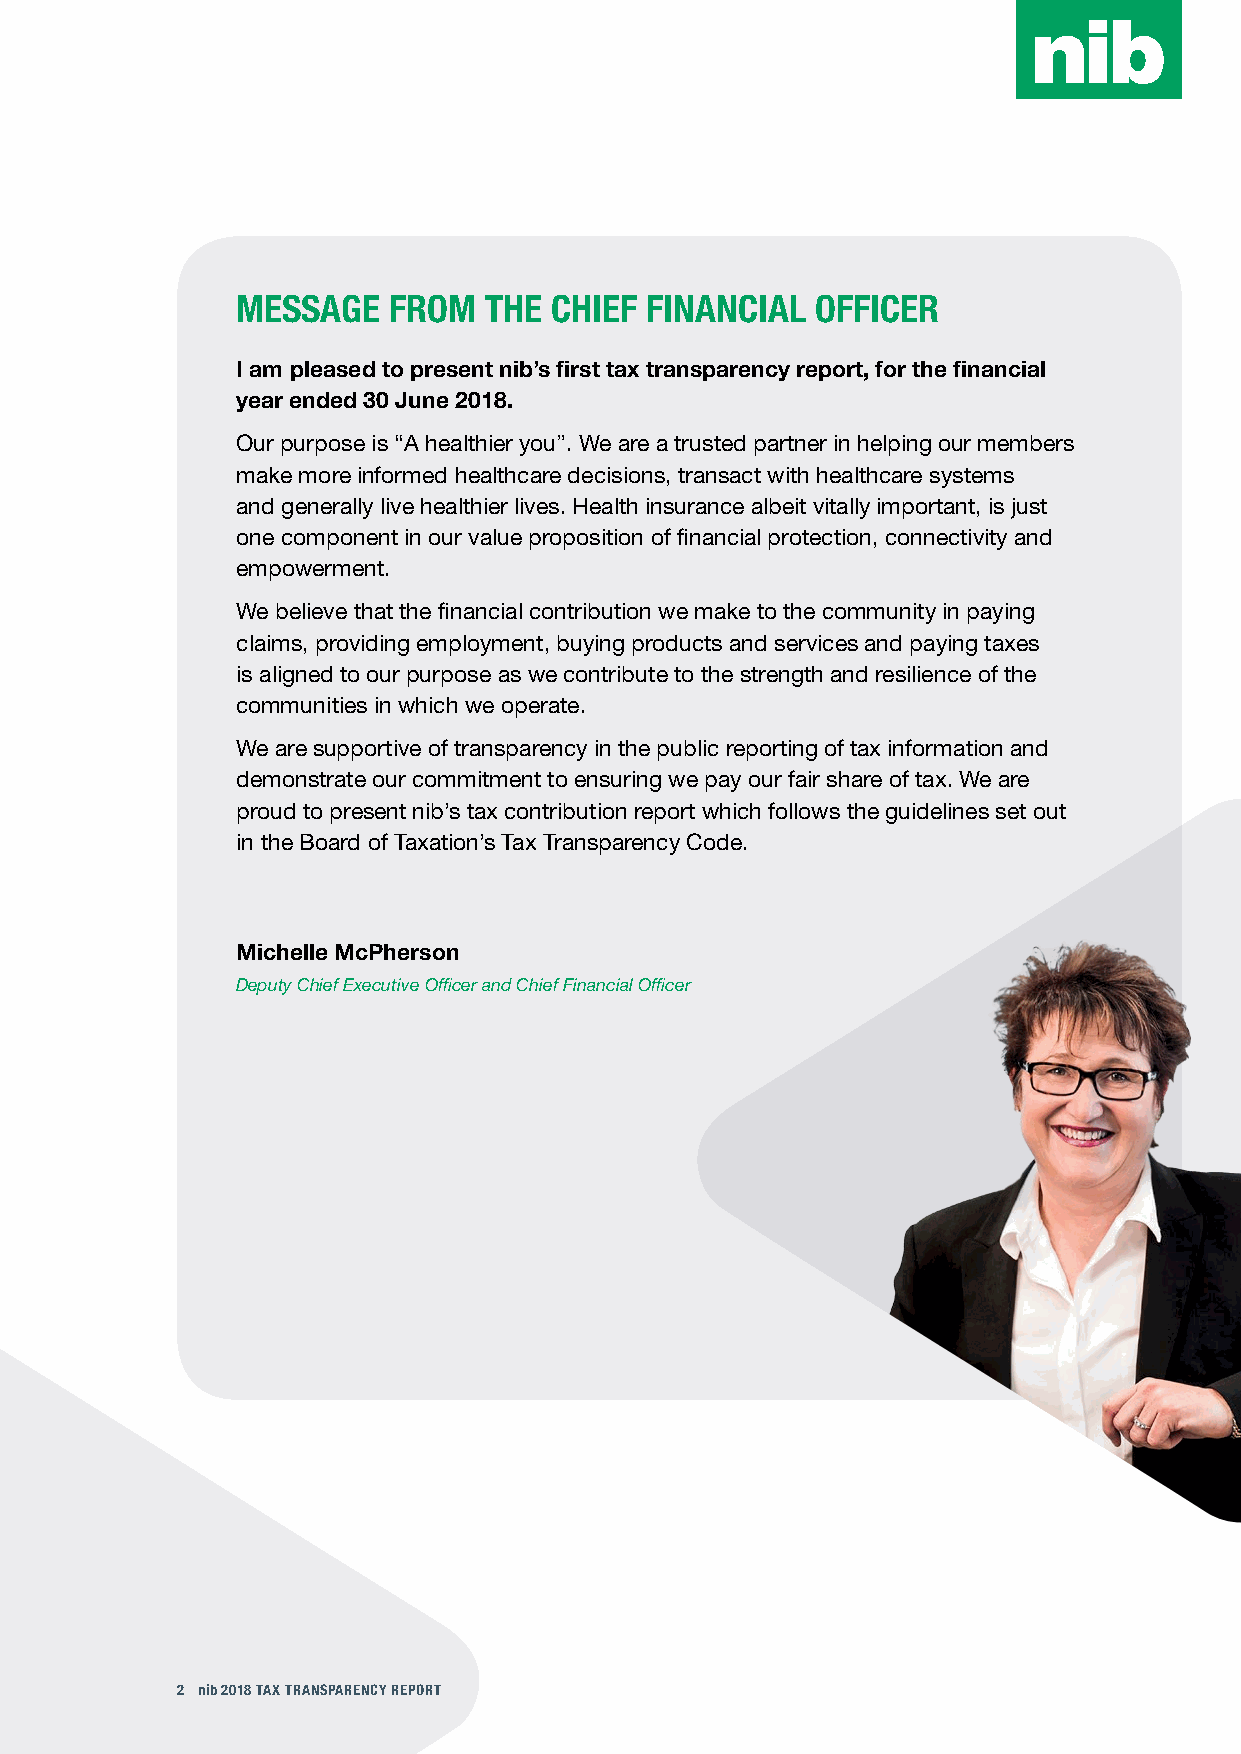
MESSAGE   FROM  THE  CHIEF FINANCIAL  OFFICER
 I am pleased to present nib’s first tax transparency report, for the financial
 year ended 30 June 2018.
 Our purpose is “A healthier you”. We are a trusted partner in helping our members
 make more informed healthcare decisions, transact with healthcare systems
 and generally live healthier lives. Health insurance albeit vitally important, is just
 one component in our value proposition of financial protection, connectivity and
 empowerment.
 We believe that the financial contribution we make to the community in paying
 claims, providing employment, buying products and services and paying taxes
 is aligned to our purpose as we contribute to the strength and resilience of the
 communities in which we operate.
 We are supportive of transparency in the public reporting of tax information and
 demonstrate our commitment to ensuring we pay our fair share of tax. We are
 proud to present nib’s tax contribution report which follows the guidelines set out
 in the Board of Taxation’s Tax Transparency Code.
 Michelle McPherson
 Deputy Chief Executive Officer and Chief Financial Officer
 2 nib 2018 TAX TRANSPARENCY REPORT